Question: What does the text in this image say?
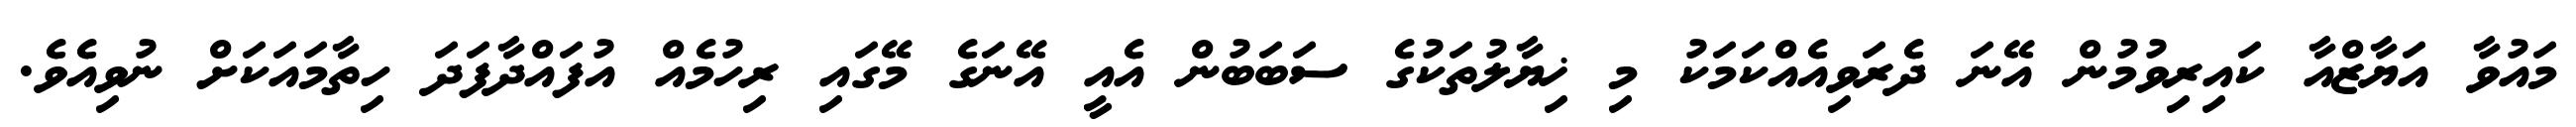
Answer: މައުވާ އަޔާޒްއާ ކައިރިވުމުން އޭނަ ދެރަވިއެއްކަމަކު މި ޚިޔާލުތަކުގެ ސަބަބުން އެއީ އޭނަގެ މޭގައި ރިހުމެއް އުފައްދާފަދަ ހިތާމައަކަށް ނުވިއެވެ.